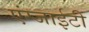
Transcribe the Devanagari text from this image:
एंग्जाईटी